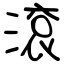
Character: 滾